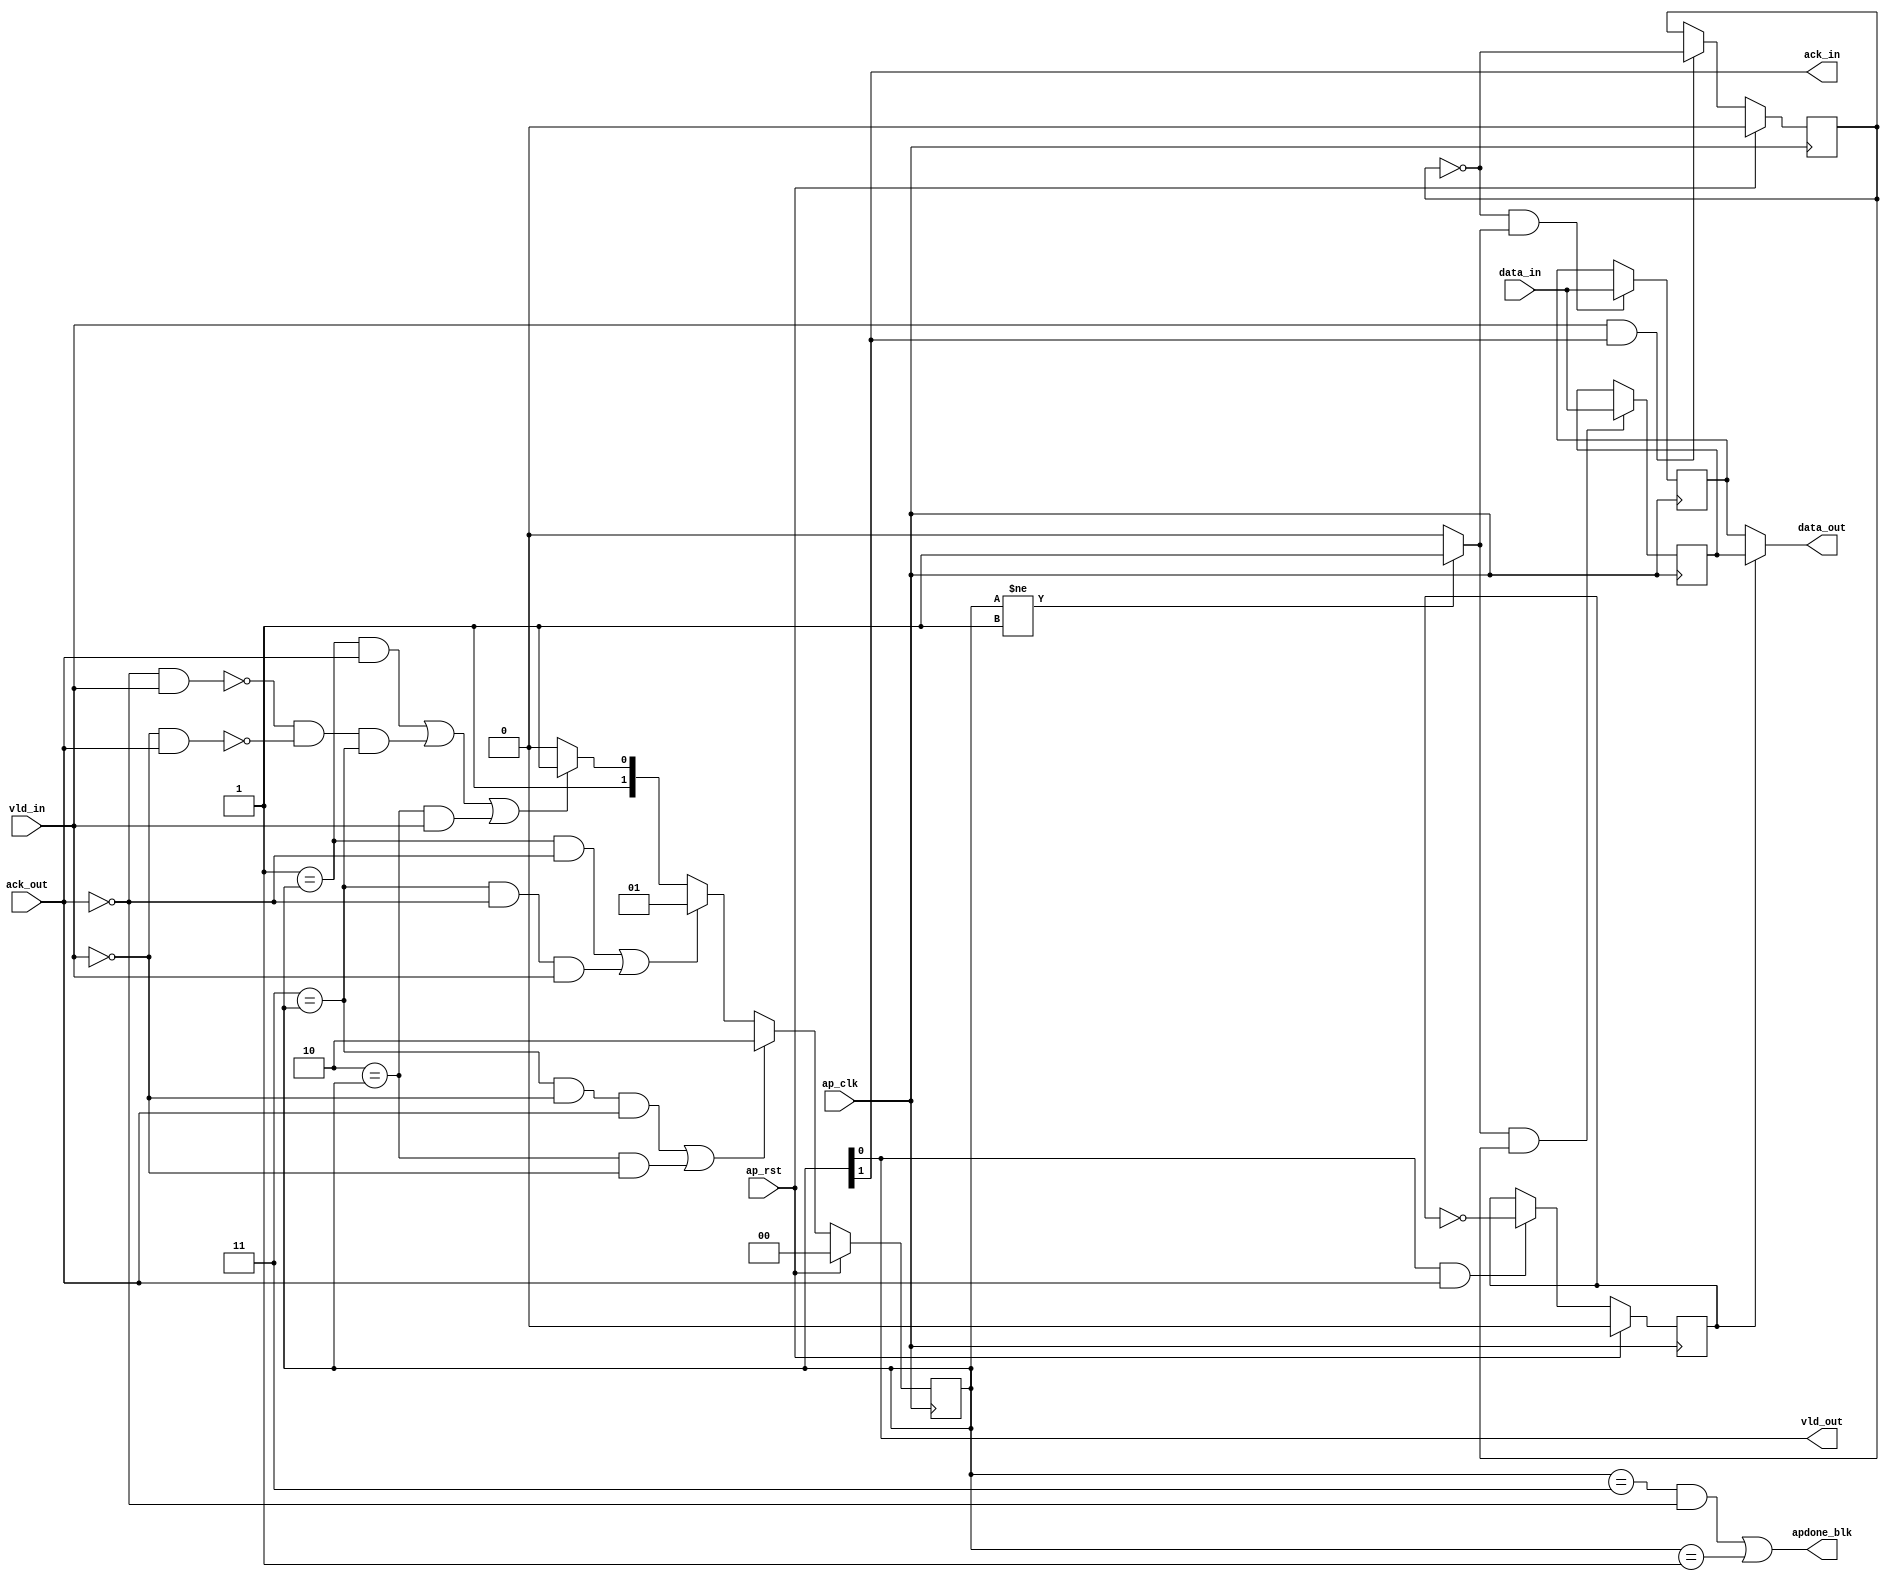
// ==============================================================
// Vitis HLS - High-Level Synthesis from C, C++ and OpenCL v2022.2 (64-bit)
// Tool Version Limit: 2019.12
// Copyright 1986-2022 Xilinx, Inc. All Rights Reserved.
// ==============================================================

`timescale 1ns/1ps

module s2p_regslice_both
#(parameter 
    DataWidth=32
)(
    input ap_clk ,
    input ap_rst,

    input [DataWidth-1:0] data_in , 
    input vld_in , 
    output ack_in ,
    output [DataWidth-1:0] data_out, 
    output vld_out,
    input ack_out,
    output apdone_blk
);
 

reg   [1:0] B_V_data_1_state;
wire   [DataWidth-1:0] B_V_data_1_data_in;
reg   [DataWidth-1:0] B_V_data_1_data_out;
wire    B_V_data_1_vld_reg;
wire    B_V_data_1_vld_in;
wire    B_V_data_1_vld_out;
reg   [DataWidth-1:0] B_V_data_1_payload_A;
reg   [DataWidth-1:0] B_V_data_1_payload_B;
reg    B_V_data_1_sel_rd;
reg    B_V_data_1_sel_wr;
wire    B_V_data_1_sel;
wire    B_V_data_1_load_A;
wire    B_V_data_1_load_B;
wire    B_V_data_1_state_cmp_full;
wire    B_V_data_1_ack_in;
wire    B_V_data_1_ack_out;

always @ (posedge ap_clk) begin
    if (ap_rst == 1'b1) begin
        B_V_data_1_sel_rd <= 1'b0;
    end else begin
        if (((1'b1 == B_V_data_1_vld_out) & (1'b1 == B_V_data_1_ack_out))) begin
            B_V_data_1_sel_rd <= ~B_V_data_1_sel_rd;
        end else begin
            B_V_data_1_sel_rd <= B_V_data_1_sel_rd;
        end
    end
end

always @ (posedge ap_clk) begin
    if (ap_rst == 1'b1) begin
        B_V_data_1_sel_wr <= 1'b0;
    end else begin
        if (((1'b1 == B_V_data_1_vld_in) & (1'b1 == B_V_data_1_ack_in))) begin
            B_V_data_1_sel_wr <= ~B_V_data_1_sel_wr;
        end else begin
            B_V_data_1_sel_wr <= B_V_data_1_sel_wr;
        end
    end
end

always @ (posedge ap_clk) begin
    if (ap_rst == 1'b1) begin
        B_V_data_1_state <= 2'd0;
    end else begin
        if ((((2'd3 == B_V_data_1_state) & (1'b0 == B_V_data_1_vld_in) & (1'b1 == B_V_data_1_ack_out)) | ((2'd2 == B_V_data_1_state) & (1'b0 == B_V_data_1_vld_in)))) begin
            B_V_data_1_state <= 2'd2;
        end else if ((((2'd1 == B_V_data_1_state) & (1'b0 == B_V_data_1_ack_out)) | ((2'd3 == B_V_data_1_state) & (1'b0 == B_V_data_1_ack_out) & (1'b1 == B_V_data_1_vld_in)))) begin
            B_V_data_1_state <= 2'd1;
        end else if ((((2'd1 == B_V_data_1_state) & (1'b1 == B_V_data_1_ack_out)) | (~((1'b0 == B_V_data_1_ack_out) & (1'b1 == B_V_data_1_vld_in)) & ~((1'b0 == B_V_data_1_vld_in) & (1'b1 == B_V_data_1_ack_out)) & (2'd3 == B_V_data_1_state)) | ((2'd2 == B_V_data_1_state) & (1'b1 == B_V_data_1_vld_in)))) begin
            B_V_data_1_state <= 2'd3;
        end else begin
            B_V_data_1_state <= 2'd2;
        end
    end
end

always @ (posedge ap_clk) begin
    if ((1'b1 == B_V_data_1_load_A)) begin
        B_V_data_1_payload_A <= B_V_data_1_data_in;
    end
end

always @ (posedge ap_clk) begin
    if ((1'b1 == B_V_data_1_load_B)) begin
        B_V_data_1_payload_B <= B_V_data_1_data_in;
    end
end

always @ (*) begin
    if ((1'b1 == B_V_data_1_sel)) begin
        B_V_data_1_data_out = B_V_data_1_payload_B;
    end else begin
        B_V_data_1_data_out = B_V_data_1_payload_A;
    end
end

assign B_V_data_1_ack_in = B_V_data_1_state[1'd1];
assign B_V_data_1_load_A = (~B_V_data_1_sel_wr & B_V_data_1_state_cmp_full);
assign B_V_data_1_load_B = (B_V_data_1_state_cmp_full & B_V_data_1_sel_wr);
assign B_V_data_1_sel = B_V_data_1_sel_rd;
assign B_V_data_1_state_cmp_full = ((B_V_data_1_state != 2'd1) ? 1'b1 : 1'b0);
assign B_V_data_1_vld_out = B_V_data_1_state[1'd0];

assign ack_in = B_V_data_1_ack_in;
assign B_V_data_1_data_in = data_in;
assign B_V_data_1_vld_in = vld_in;

assign vld_out = B_V_data_1_vld_out;
assign data_out = B_V_data_1_data_out;
assign B_V_data_1_ack_out = ack_out;

assign apdone_blk = ((B_V_data_1_state == 2'd3 && ack_out == 1'b0) | (B_V_data_1_state == 2'd1));

endmodule // both

module s2p_regslice_both_w1
#(parameter 
    DataWidth=1
)(
    input ap_clk ,
    input ap_rst,

    input data_in , 
    input vld_in , 
    output ack_in ,
    output data_out, 
    output vld_out,
    input ack_out,
    output apdone_blk
);

reg     [1:0] B_V_data_1_state;
wire    B_V_data_1_data_in;
reg     B_V_data_1_data_out;
wire    B_V_data_1_vld_reg;
wire    B_V_data_1_vld_in;
wire    B_V_data_1_vld_out;
reg     B_V_data_1_payload_A;
reg     B_V_data_1_payload_B;
reg     B_V_data_1_sel_rd;
reg     B_V_data_1_sel_wr;
wire    B_V_data_1_sel;
wire    B_V_data_1_load_A;
wire    B_V_data_1_load_B;
wire    B_V_data_1_state_cmp_full;
wire    B_V_data_1_ack_in;
wire    B_V_data_1_ack_out;

always @ (posedge ap_clk) begin
    if (ap_rst == 1'b1) begin
        B_V_data_1_sel_rd <= 1'b0;
    end else begin
        if (((1'b1 == B_V_data_1_vld_out) & (1'b1 == B_V_data_1_ack_out))) begin
            B_V_data_1_sel_rd <= ~B_V_data_1_sel_rd;
        end else begin
            B_V_data_1_sel_rd <= B_V_data_1_sel_rd;
        end
    end
end

always @ (posedge ap_clk) begin
    if (ap_rst == 1'b1) begin
        B_V_data_1_sel_wr <= 1'b0;
    end else begin
        if (((1'b1 == B_V_data_1_vld_in) & (1'b1 == B_V_data_1_ack_in))) begin
            B_V_data_1_sel_wr <= ~B_V_data_1_sel_wr;
        end else begin
            B_V_data_1_sel_wr <= B_V_data_1_sel_wr;
        end
    end
end

always @ (posedge ap_clk) begin
    if (ap_rst == 1'b1) begin
        B_V_data_1_state <= 2'd0;
    end else begin
        if ((((2'd3 == B_V_data_1_state) & (1'b0 == B_V_data_1_vld_in) & (1'b1 == B_V_data_1_ack_out)) | ((2'd2 == B_V_data_1_state) & (1'b0 == B_V_data_1_vld_in)))) begin
            B_V_data_1_state <= 2'd2;
        end else if ((((2'd1 == B_V_data_1_state) & (1'b0 == B_V_data_1_ack_out)) | ((2'd3 == B_V_data_1_state) & (1'b0 == B_V_data_1_ack_out) & (1'b1 == B_V_data_1_vld_in)))) begin
            B_V_data_1_state <= 2'd1;
        end else if ((((2'd1 == B_V_data_1_state) & (1'b1 == B_V_data_1_ack_out)) | (~((1'b0 == B_V_data_1_ack_out) & (1'b1 == B_V_data_1_vld_in)) & ~((1'b0 == B_V_data_1_vld_in) & (1'b1 == B_V_data_1_ack_out)) & (2'd3 == B_V_data_1_state)) | ((2'd2 == B_V_data_1_state) & (1'b1 == B_V_data_1_vld_in)))) begin
            B_V_data_1_state <= 2'd3;
        end else begin
            B_V_data_1_state <= 2'd2;
        end
    end
end

always @ (posedge ap_clk) begin
    if ((1'b1 == B_V_data_1_load_A)) begin
        B_V_data_1_payload_A <= B_V_data_1_data_in;
    end
end

always @ (posedge ap_clk) begin
    if ((1'b1 == B_V_data_1_load_B)) begin
        B_V_data_1_payload_B <= B_V_data_1_data_in;
    end
end

always @ (*) begin
    if ((1'b1 == B_V_data_1_sel)) begin
        B_V_data_1_data_out = B_V_data_1_payload_B;
    end else begin
        B_V_data_1_data_out = B_V_data_1_payload_A;
    end
end

assign B_V_data_1_ack_in = B_V_data_1_state[1'd1];
assign B_V_data_1_load_A = (~B_V_data_1_sel_wr & B_V_data_1_state_cmp_full);
assign B_V_data_1_load_B = (B_V_data_1_state_cmp_full & B_V_data_1_sel_wr);
assign B_V_data_1_sel = B_V_data_1_sel_rd;
assign B_V_data_1_state_cmp_full = ((B_V_data_1_state != 2'd1) ? 1'b1 : 1'b0);
assign B_V_data_1_vld_out = B_V_data_1_state[1'd0];

assign ack_in = B_V_data_1_ack_in;
assign B_V_data_1_data_in = data_in;
assign B_V_data_1_vld_in = vld_in;

assign vld_out = B_V_data_1_vld_out;
assign data_out = B_V_data_1_data_out;
assign B_V_data_1_ack_out = ack_out;

assign apdone_blk = ((B_V_data_1_state == 2'd3 && ack_out == 1'b0) | (B_V_data_1_state == 2'd1));

endmodule // both